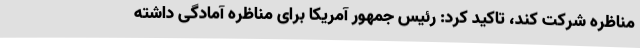
مناظره شرکت کند، تاکید کرد: رئیس جمهور آمریکا برای مناظره آمادگی داشته